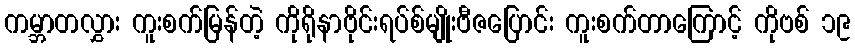
ကမ္ဘာတလွှား ကူးစက်မြန်တဲ့ ကိုရိုနာဗိုင်းရပ်စ်မျိုးဗီဇပြောင်း ကူးစက်တာကြောင့် ကိုဗစ် ၁၉